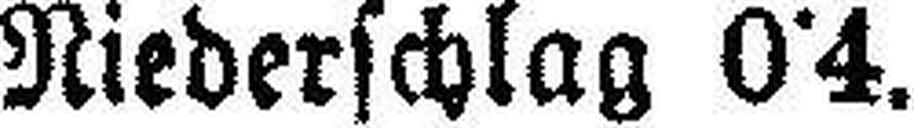
Niederschlag 0•4.